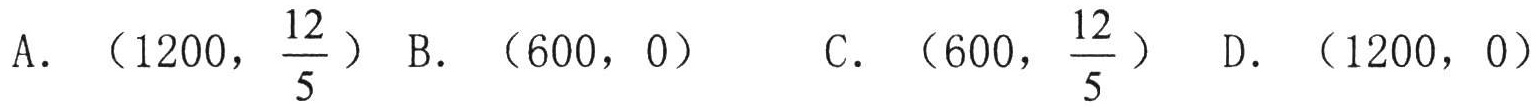
A. \((1200,\frac{12}{5})\) B. \((600,0)\) C. \((600,\frac{12}{5})\) D. \((1200,0)\)